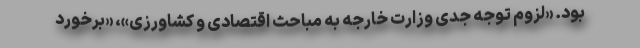
بود. «لزوم توجه جدی وزارت خارجه به مباحث اقتصادی و کشاورزی»، «برخورد